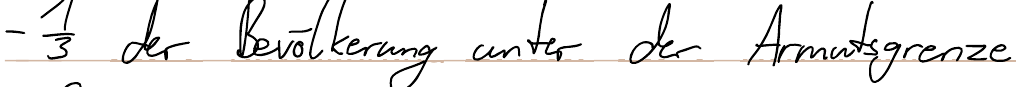
- 1/3 der Bevölkerung unter der Armutsgrenze